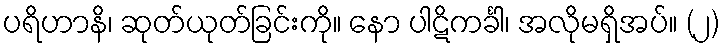
ပရိဟာနိ၊ ဆုတ်ယုတ်ခြင်းကို။ နော ပါဋိကင်္ခါ၊ အလိုမရှိအပ်။ (၂)